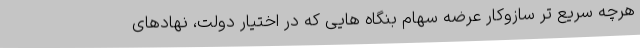
هرچه سریع تر سازوکار عرضه سهام بنگاه هایی که در اختیار دولت، نهادهای